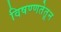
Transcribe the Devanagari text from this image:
विषण्णतेतून